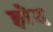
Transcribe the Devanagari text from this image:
झेद